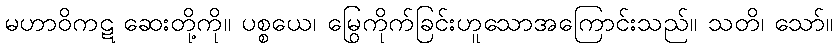
မဟာဝိကဋ ဆေးတို့ကို။ ပစ္စယေ၊ မြွေကိုက်ခြင်းဟူသောအကြောင်းသည်။ သတိ၊ သော်။